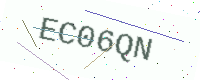
Text: EC06QN